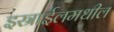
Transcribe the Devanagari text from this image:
इस्राईलमधील